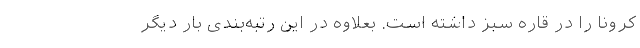
کرونا را در قاره سبز داشته است. بعلاوه در این رتبه‌بندی بار دیگر